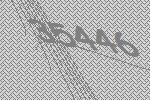
35446